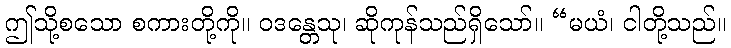
ဤသို့စသော စကားတို့ကို။ ဝဒန္တေသု၊ ဆိုကုန်သည်ရှိသော်။ “မယံ၊ ငါတို့သည်။